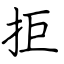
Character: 拒